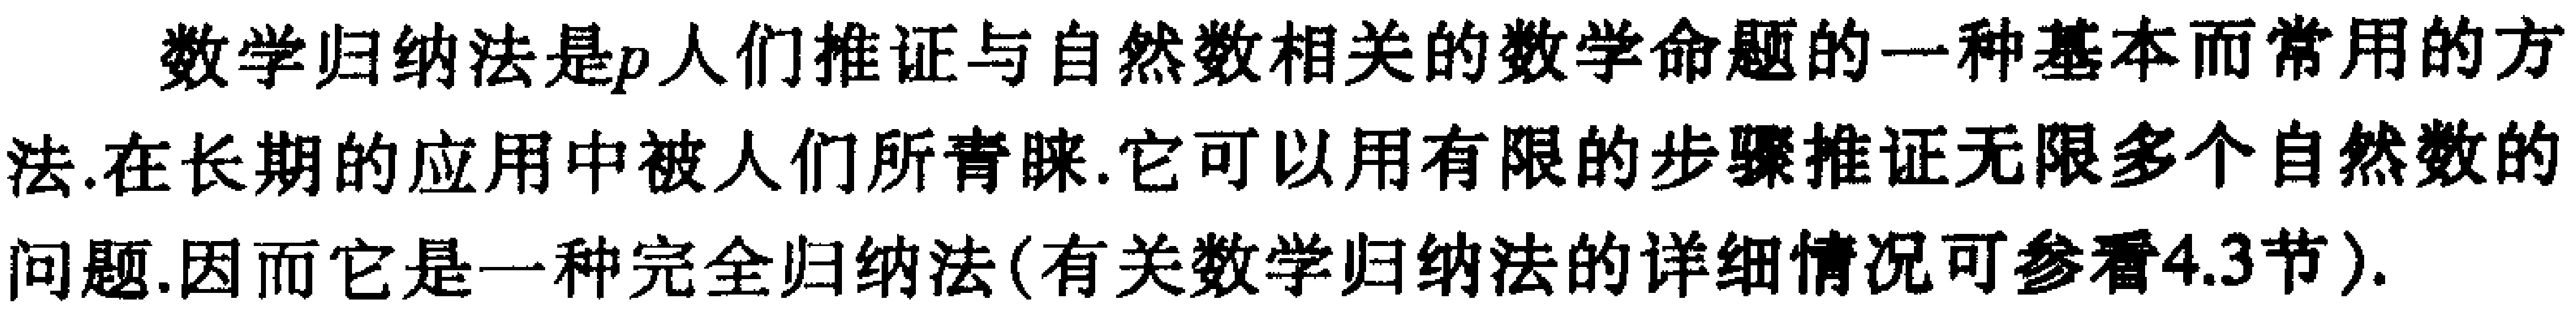
数学归纳法是人们推证与自然数相关的数学命题的一种基本而常用的方法.在长期的应用中被人们所青睐.它可以用有限的步骤推证无限多个自然数的问题.因而它是一种完全归纳法(有关数学归纳法的详细情况可参看4.3节).